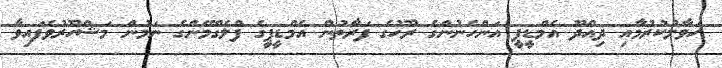
ހަވާލުކުރުމާއި ދިއްދޫ އެމްޑީޕީ އަންހެނުންގެ ރޫހުގެ ފަރާތުން އެމްޑީޕީގެ ފްލެގްމޭންގެ ނަމުން މަޝްހޫރުވެފައިވާ